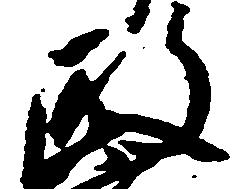
政